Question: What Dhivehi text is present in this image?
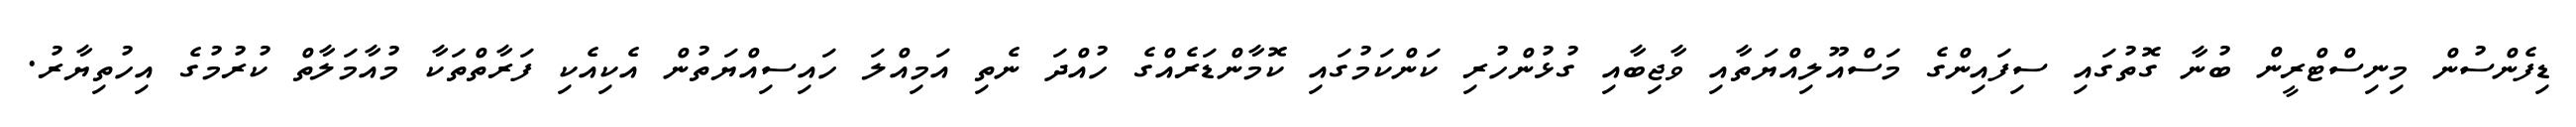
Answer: ޑިފެންސުން މިނިސްޓްރީން ބުނާ ގޮތުގައި ސިފައިންގެ މަސްއޫލިއްޔަތާއި ވާޖިބާއި ގުޅުންހުރި ކަންކަމުގައި ކޮމާންޑަރެއްގެ ހުއްދަ ނެތި އަމިއްލަ ހައިސިއްޔަތުން އެކިއެކި ފަރާތްތަކާ މުއާމަލާތް ކުރުމުގެ އިހުތިޔާރު.